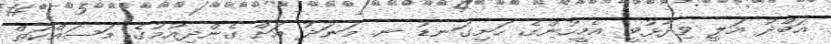
އަބްދު އަލީ ވިދާޅުވީ އެމީހުންގެ ހަށިގަނޑު ނ. މަނަދު އަށް ގެންދިއުމުގެ މަސައްކަތް